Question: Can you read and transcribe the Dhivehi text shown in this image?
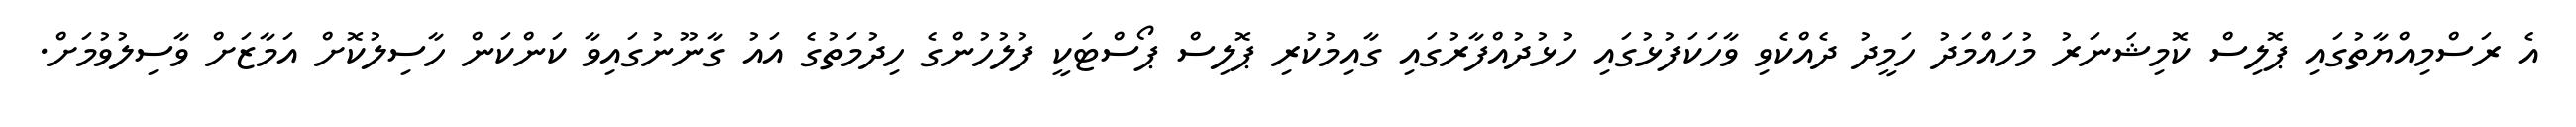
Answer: އެ ރަސްމިއްޔާތުގައި ޕޮލިސް ކޮމިޝަނަރު މުހައްމަދު ހަމީދު ދެއްކެވި ވާހަކަފުޅުގައި ހުޅުދުއްފާރުގައި ގާއިމުކުރި ޕޮލިސް ޕޯސްޓަކީ ފުލުހުންގެ ހިދުމަތުގެ އައު ގާނޫނުގައިވާ ކަންކަން ހާސިލުކޮށް އަމާޒަށް ވާސިލުވުމަށް.